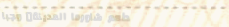
مطعم شاورما المدينة: وجبا